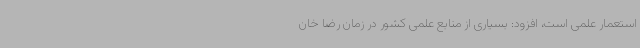
استعمار علمی است، افزود: بسیاری از منابع علمی کشور در زمان رضا خان